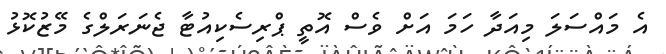
އެ މައްސަލަ މިއަދާ ހަމަ އަށް ވެސް އޮތީ ޕްރިސެކިއުޓާ ޖެނަރަލްގެ މޭޒުކޮޅު